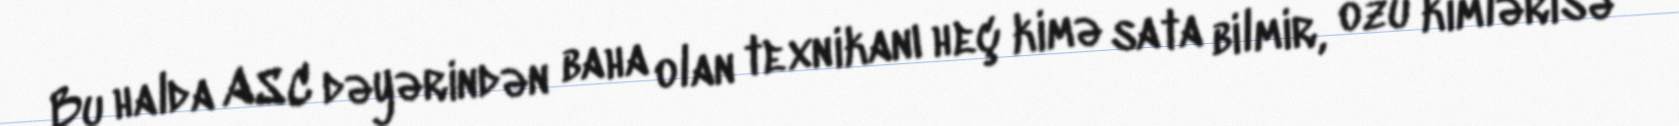
Bu halda ASC dəyərindən baha olan texnikanı heç kimə sata bilmir, özü kimlərisə